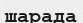
шарада